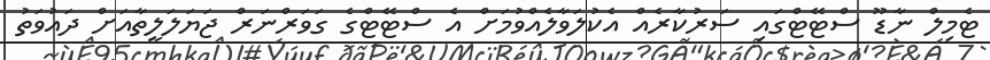
ޓެމިލް ނާޑޫ ސްޓޭޓްގައި ސަރުކާރެއް އެކުލަވާލެއްވުމަށް އެ ސްޓޭޓްގެ ގަވަރްނަރް ޖަޔަލަލީތާއަށް ދައުވަތު